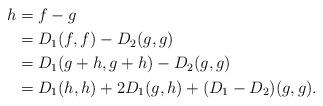
LaTeX: \begin{align*}h&=f-g\\&=D_{1}(f,f)-D_{2}(g,g)\\&=D_{1}(g+h,g+h)-D_{2}(g,g)\\&=D_{1}(h,h)+2D_{1}(g,h)+(D_{1}-D_{2})(g,g).\end{align*}